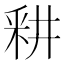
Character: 𰼗